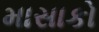
માસાકો